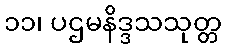
၁၁၊ ပဌမနိဒ္ဒသသုတ္တ